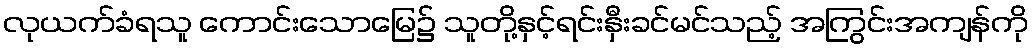
လုယက်ခံရသူ ကောင်းသောမြေ၌ သူတို့နှင့်ရင်းနှီးခင်မင်သည့် အကြွင်းအကျန်ကို